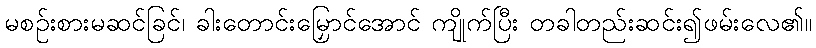
မစဉ်းစားမဆင်ခြင်၊ ခါးတောင်းမြှောင်အောင် ကျိုက်ပြီး တခါတည်းဆင်း၍ဖမ်းလေ၏။